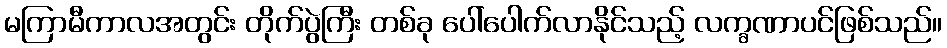
မကြာမီကာလအတွင်း တိုက်ပွဲကြီး တစ်ခု ပေါ်ပေါက်လာနိုင်သည့် လက္ခဏာပင်ဖြစ်သည်။